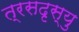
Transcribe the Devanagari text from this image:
त्रसदृस्यु